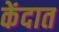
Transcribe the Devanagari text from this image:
केंदात